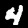
Label: 4